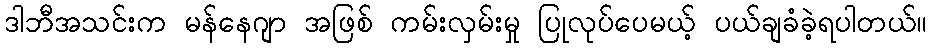
ဒါဘီအသင်းက မန်နေဂျာ အဖြစ် ကမ်းလှမ်းမှု ပြုလုပ်ပေမယ့် ပယ်ချခံခဲ့ရပါတယ်။